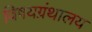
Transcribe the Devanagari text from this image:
विषयग्रंथालय